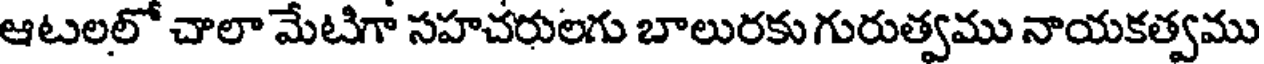
ఆటలలో చాలా మేటిగా సహచరులగు బాలురకు గురుత్వము నాయకత్వము